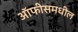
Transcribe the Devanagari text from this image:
ऑफीसमधील